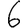
Digit: 6